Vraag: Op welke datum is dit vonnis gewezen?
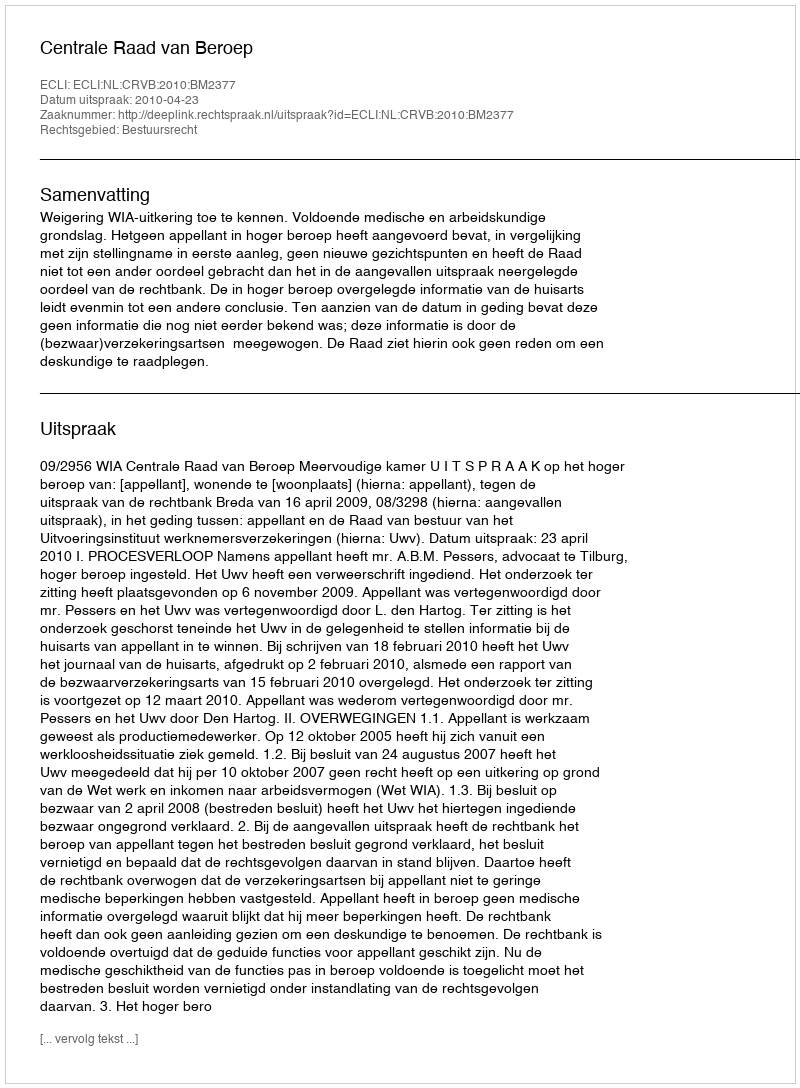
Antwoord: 2010-04-23